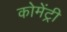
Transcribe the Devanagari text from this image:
कोमेंट्री